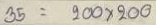
35 = 200 x 200